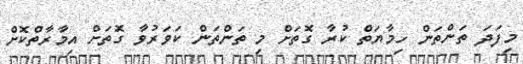
މިފަދަ ތަންތަން ހިމާޔަތް ކުރާ ގޮތަށް މި ތަންތަން ކަވަރުވާ ގޮތަށް އިމާރާތްކޮށް